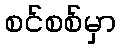
စင်စစ်မှာ